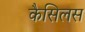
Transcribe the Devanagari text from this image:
कैसिलस